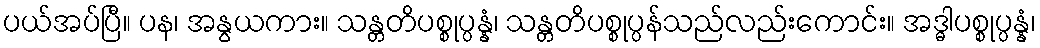
ပယ်အပ်ပြီ။ ပန၊ အနွယကား။ သန္တတိပစ္စုပ္ပန္နံ၊ သန္တတိပစ္စုပ္ပန်သည်လည်းကောင်း။ အဒ္ဓါပစ္စုပ္ပန္နံ၊